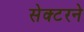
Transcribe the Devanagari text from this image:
सेक्टरने